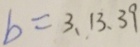
b = 3 、 1 3 、 3 9